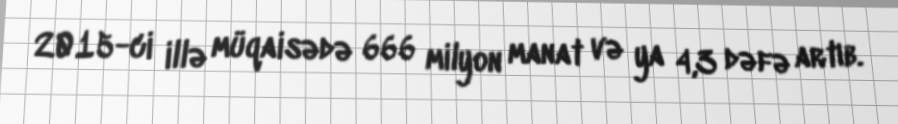
2015-ci illə müqaisədə 666 milyon manat və ya 4,3 dəfə artıb.